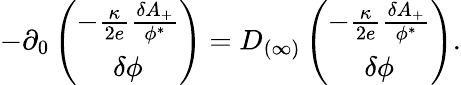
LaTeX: -\partial_{0}\left(\begin{array}{c}{{-{\frac{\kappa}{2e}}{\frac{\delta A_{+}}{\phi^{*}}}}}\\ {{\delta\phi}}\end{array}\right)=D_{(\infty)}\left(\begin{array}{c}{{-{\frac{\kappa}{2e}}{\frac{\delta A_{+}}{\phi^{*}}}}}\\ {{\delta\phi}}\end{array}\right).